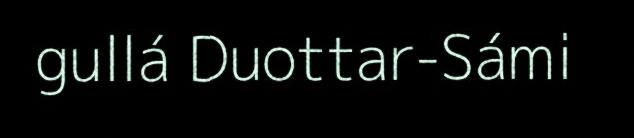
gullá Duottar-Sámi